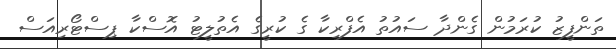
ތަންފީޒު ކުރަމުން ގެންދާ ސައުތު އެފްރިކާ ގެ ކުރީގެ އެތުލީޓު އޮސްކާ ޕިސްޓޯރިއަސް